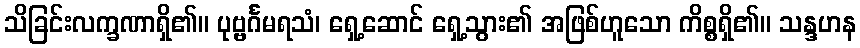
သိခြင်းလက္ခဏာရှိ၏။ ပုဗ္ဗင်္ဂမရသံ၊ ရှေ့ဆောင် ရှေ့သွား၏ အဖြစ်ဟူသော ကိစ္စရှိ၏။ သန္ဒဟန